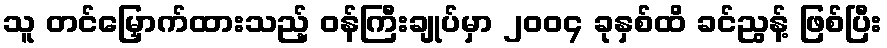
သူ တင်မြှောက်ထားသည့် ဝန်ကြီးချုပ်မှာ ၂၀၀၄ ခုနှစ်ထိ ခင်ညွန့် ဖြစ်ပြီး